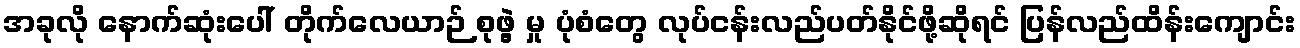
အခုလို နောက်ဆုံးပေါ် တိုက်လေယာဉ် စုဖွဲ့ မှု ပုံစံတွေ လုပ်ငန်းလည်ပတ်နိုင်ဖို့ဆိုရင် ပြန်လည်ထိန်းကျောင်း